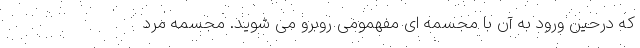
که درحین ورود به آن با مجسمه ای مفهمومی روبرو می شوید. مجسمه مرد